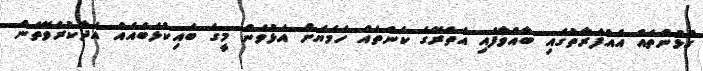
ގުޅުންތައް އެއްފަރާތުގައި ބާއްވާފައި އެތެރޭގެ ކަންތައް ހަމަޔަށް އަޅުވަން މީގެ ބައިކުޅަބައެއް އަދާކުރެވޭތަން